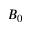
B _ { 0 }